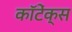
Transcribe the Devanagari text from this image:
कॉटेंक्स